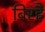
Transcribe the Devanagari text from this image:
बिरहै